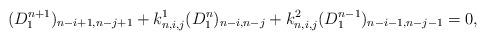
LaTeX: \begin{align*}(D^{n+1}_1)_{n-i+1,n-j+1}+k^1_{n,i,j}(D^n_1)_{n-i,n-j}+k^2_{n,i,j}(D^{n-1}_1)_{n-i-1,n-j-1}=0,\end{align*}